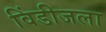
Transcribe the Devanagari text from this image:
विंडीजला